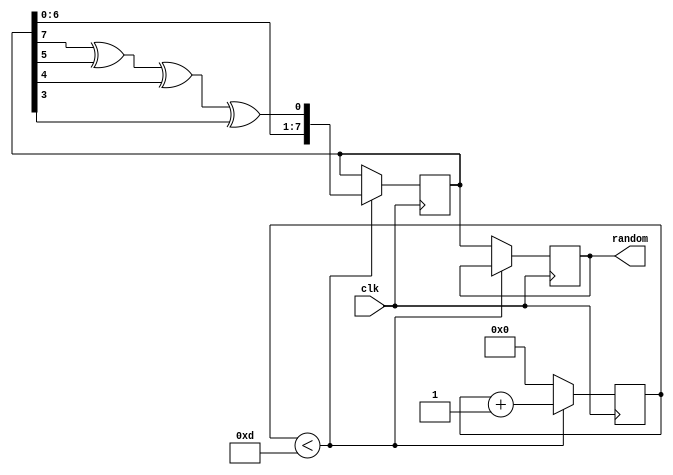
module pr_gen( clk,
               random);

input clk;
output reg [7:0] random;
wire feedback;
reg [7:0] rand_tmp;
reg [3:0] cnt;

assign feedback = rand_tmp[7] ^ rand_tmp[5] ^ rand_tmp[4] ^ rand_tmp[3];

initial begin
  rand_tmp <= 8'hF;
  cnt <= 0;
end

always @(posedge clk) begin
  if (cnt < 13) begin
    cnt <= cnt + 1;
    rand_tmp <= {rand_tmp[6:0], feedback};
  end else begin
    cnt <= 0;
    random <= rand_tmp;
  end
end

endmodule